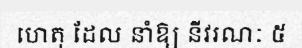
ហេតុ ដែល នាំឱ្យ នីវរណៈ ៥